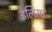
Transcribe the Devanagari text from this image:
इलिसा